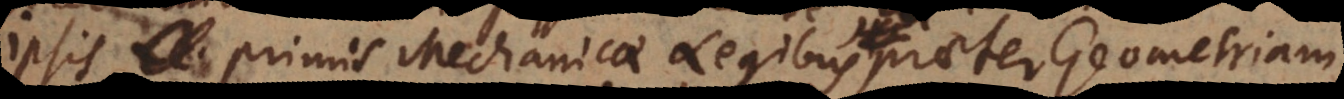
ipsis primis Mechanicae Legibus praeter Geometriam